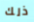
ذلك